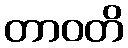
တာဝတိ